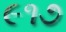
૯૧૭